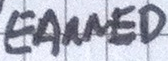
EArNED